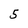
Character: 5